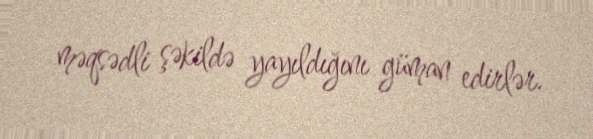
məqsədli şəkildə yayıldığını güman edirlər.